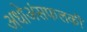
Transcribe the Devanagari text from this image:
अधोअंसफलकी